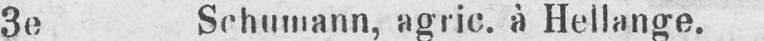
3e Schumann, agric. à Hellange.